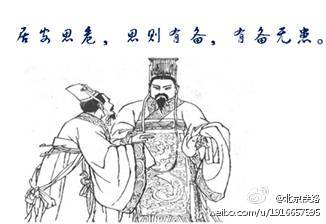
居安思危。思则有备，有备无患